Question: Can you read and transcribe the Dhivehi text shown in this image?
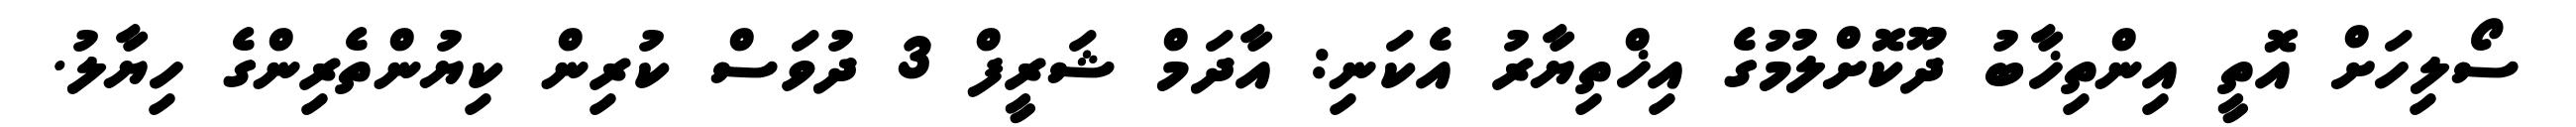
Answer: ސޯލިހަށް އޮތީ އިންތިޚާބު ދޫކޮށްލުމުގެ އިޚްތިޔާރު އެކަނި: އާދަމް ޝަރީފް 3 ދުވަސް ކުރިން ކިޔުންތެރިންގެ ހިޔާލު.